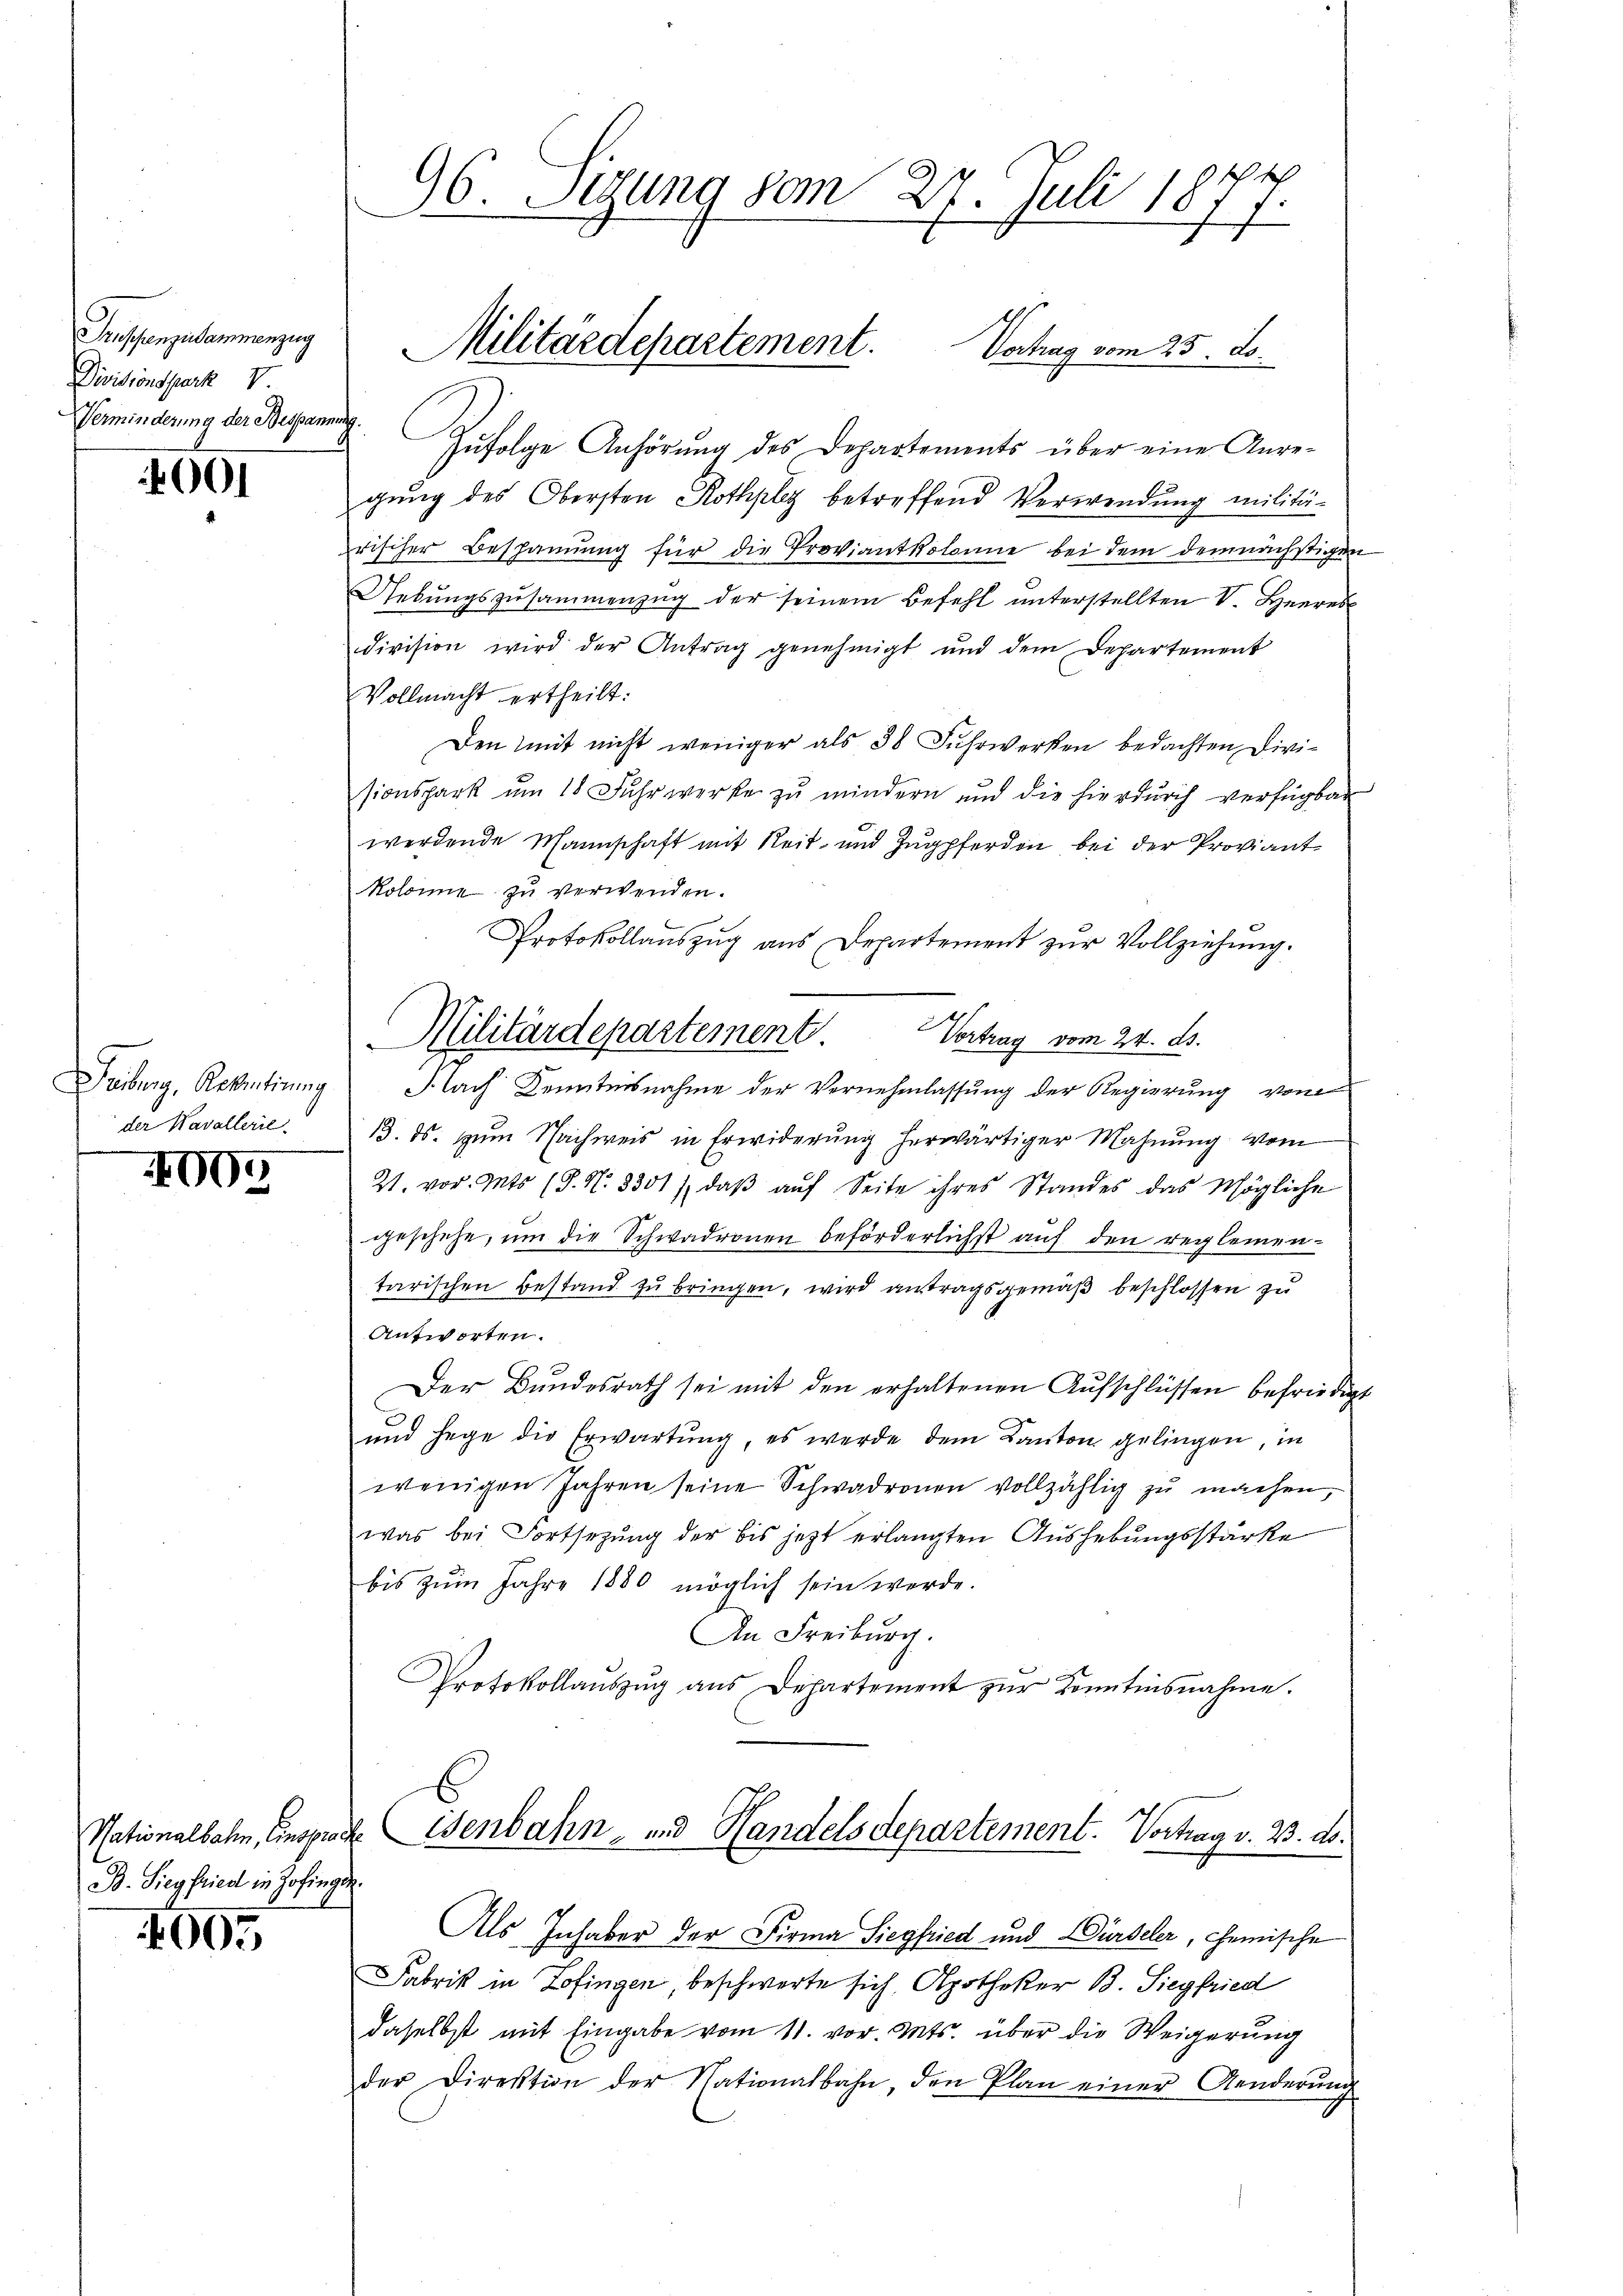
Truppenzusammenzug
Divisionspark u
Verminderung der Bespannung.

001

Deiburg, Reventirung
der Kavallerie

4005

B. Siegfried in Zofingen.

4005

96. Sizung vom 27. Juli 1877.

Zufolge Anhörung des Departements über eine Anre-
gung des Obersten Rothplez betreffend Verwendung militärischer Bespannung für die Proviantkolonie bei dem demnächstigen
Uebŭngszusammenzug der seinem Befehl unterstellten V. Heeres
division wird der Antrag genehmigt und dem Departement
Vollmacht ertheilt:
Den mit nicht weniger als 38 Fuhrwerken bedachten Divisionspark ŭm 18 Fŭhrwerke zŭ mindern und die hierdŭrch verfügbar
werdende Mannschaft mit Reit- und Zugpferden bei der Proviant
kolonie zu verwenden.
Protokollauszug aus Departement zur Vollziehung.
Nach Kenntnisnahme der Vernehmlassŭng der Regierŭng vom
13. ds. zum Nachweis in Erwiderung herwärtiger Mahnung vom
21. vor. Mts (S. N. 8301), daβ aŭf Seite ihres Standes das Mögliche
geschehe, um die Schwadronen beförderlichst auf den reglemen-
tarischen Bestand zu bringen, wird antragsgemäß beschlossen zu
Antworten.
Der Bundesrath sei mit den erhaltenen Aufschlüssen befriedigt
und hege die Erwartung, es werde dem Kanton gelingen, in
wenigen Jahren seine Schwadronen vollzählig zu machen,
was bei Fortsezung der bis jetzt erlangten Aushebungsstärke
bis zŭm Jahre 1880 möglich sein werde.
An Freiburg.
Protokollaŭszŭg ans Departement zŭr Kontinsnahme.
Nationalbahn, Einsprackenbahn- und Handelsdepartement. Vortrag v. 23. d.
Als Inhaber der Firma Siegfried und Dürdeler, chemische
Fabrik in Zofingen, beschwerte sich, Apotheker B. Siegfried
daselbst mit Eingabe vom 11. vor. Mts. über die Weigerung
der Direktion der Nationalbahn, den Plan einer Aenderŭng

Militärdepartement. Vortrag vom 25. ds.

Militärdepartement. Vertrag vom 24. ds.